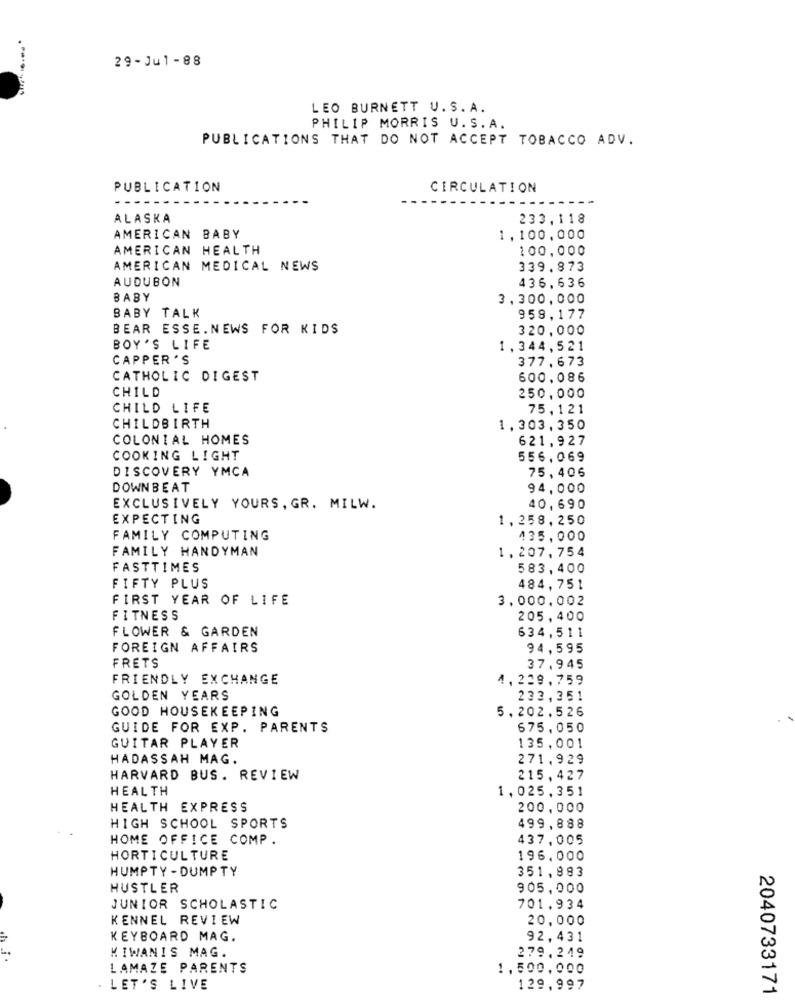
29-Jul-88
LEO BURNETT U.S.A.
PHILIP MORRIS U.S.A.
PUBLICATIONS THAT DO NOT ACCEPT TOBACCO ADV.
PUBLICATION
CIRCULATION
ALASKA
233,118
AMERICAN BABY
1,100.000
AMERICAN HEALTH
100.000
AMERICAN MEDICAL NEWS
339.873
AUDUBON
436.636
BABY
3,300,000
BABY TALK
958,177
BEAR ESSE.NEWS FOR KIDS
320,000
BOY'S LIFE
1,344,521
CAPPER 'S
377,673
CATHOLIC DIGEST
600.086
CHILD
250,000
CHILD LIFE
75,121
CHILDBIRTH
1,303,350
COLONIAL HOMES
621,927
COOKING LIGHT
556,069
DISCOVERY YMCA
75, 406
DOWNBEAT
94,000
EXCLUSIVELY YOURS, GR. MILW.
40,690
EXPECTING
1,258,250
FAMILY COMPUTING
435,000
FAMILY HANDYMAN
1.207,754
FASTTIMES
583, 400
FIFTY PLUS
484,751
FIRST YEAR OF LIFE
3.000,002
FITNESS
205, 400
FLOWER & GARDEN
634,511
FOREIGN AFFAIRS
94,595
FRETS
37,945
FRIENDLY EXCHANGE
4,239,759
GOLDEN YEARS
233,351
GOOD HOUSEKEEPING
5.202.526
GUIDE FOR EXP. PARENTS
675,050
GUITAR PLAYER
135,001
HADASSAH MAG.
271.929
HARVARD BUS . REVIEW
215,427
HEALTH
1,025,351
HEALTH EXPRESS
200,000
HIGH SCHOOL SPORTS
499,888
HOME OFFICE COMP.
437,005
HORTICULTURE
196.000
HUMPTY - DUMPTY
351,883
HUSTLER
905.000
JUNIOR SCHOLASTIC
701.934
KENNEL REVIEW
20.000
KEYBOARD MAG.
92,431
KIWANIS MAG.
279.249
LAMAZE PARENTS
1.500.000
LET'S LIVE
129,997
2040733171